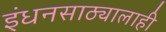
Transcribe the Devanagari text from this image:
इंधनसाठ्यालाही